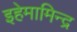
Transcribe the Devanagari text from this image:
इहेमामिन्द्र